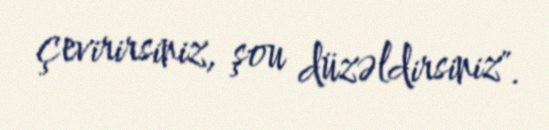
çevirirsiniz, şou düzəldirsiniz".